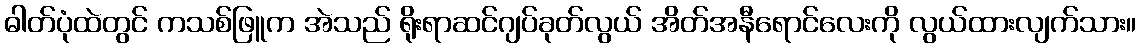
ဓါတ်ပုံထဲတွင် ကသစ်ဖြူက အဲသည် ရိုးရာဆင်ဂျပ်ခုတ်လွယ် အိတ်အနီရောင်လေးကို လွယ်ထားလျက်သား။